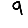
Digit: 9